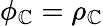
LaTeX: \phi_{\mathbb{C}}=\rho_{\mathbb{C}}